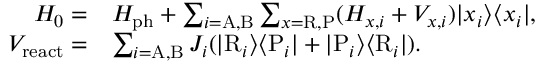
\begin{array} { r l r } { H _ { 0 } = } & { H _ { \mathrm { p h } } + \sum _ { i = \mathrm { A } , \mathrm { B } } \sum _ { x = \mathrm { R } , \mathrm { P } } ( H _ { x , i } + V _ { x , i } ) | x _ { i } \rangle \langle x _ { i } | , } & \\ { V _ { \mathrm { r e a c t } } = } & { \sum _ { i = \mathrm { A , B } } J _ { i } ( | \mathrm { R } _ { i } \rangle \langle \mathrm { P } _ { i } | + | \mathrm { P } _ { i } \rangle \langle \mathrm { R } _ { i } | ) . } & \end{array}